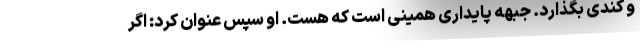
و کندی بگذارد. جبهه پایداری همینی است که هست. او سپس عنوان کرد: اگر